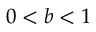
0 < b < 1